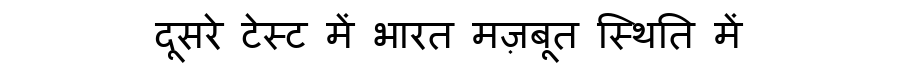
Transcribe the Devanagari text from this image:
दूसरे टेस्ट में भारत मज़बूत स्थिति में